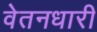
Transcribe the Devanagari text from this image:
वेतनधारी